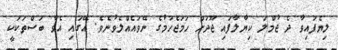
ލިޔެފައިވާ ދެ ޖުމްލަ ކިޔާލާފައި ޖޫދަށް ހަމަޖެހުމުގެ ނޭވައެއްލެވުނެވެ. އޭގައި އެވާ ބަސްތަކަކީ